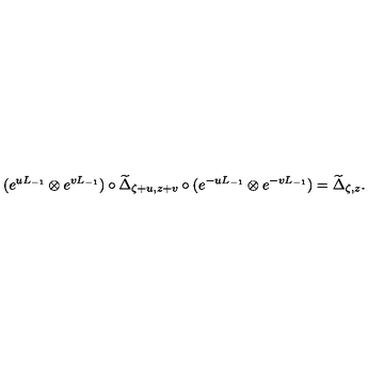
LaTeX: ( e ^ { u L _ { - 1 } } \otimes e ^ { v L _ { - 1 } } ) \circ { \widetilde \Delta } _ { \zeta + u , z + v } \circ ( e ^ { - u L _ { - 1 } } \otimes e ^ { - v L _ { - 1 } } ) = { \widetilde \Delta } _ { \zeta , z } .